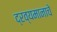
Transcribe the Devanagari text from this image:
द्रव्यमानाचे